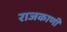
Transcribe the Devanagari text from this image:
राजकाणी